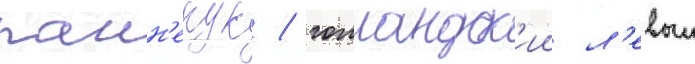
панн'екук / голландск'ии л'евыи